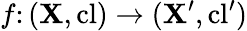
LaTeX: f\colon(\mathbf{X},\operatorname{cl})\to(\mathbf{X}^{\prime},\operatorname{cl}^{\prime})